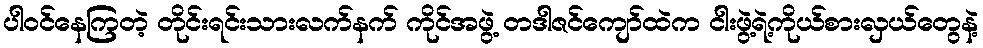
ပါဝင်နေကြတဲ့ တိုင်းရင်းသားလက်နက် ကိုင်အဖွဲ့ တဒါဇင်ကျော်ထဲက ငါးဖွဲ့ရဲ့ကိုယ်စားလှယ်တွေနဲ့